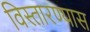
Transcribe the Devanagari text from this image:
विस्तारण्यास